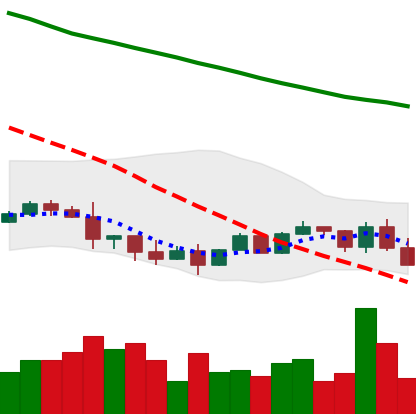
Ticker: NEO-USD
Chart end date: 2022-01-20
Forward return: -19.67%
Label: down_7plus